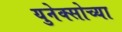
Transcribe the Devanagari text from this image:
युनेक्सोच्या